Report on vaccination in Madras 1895-1903 - 1895-1903
Year: 1895
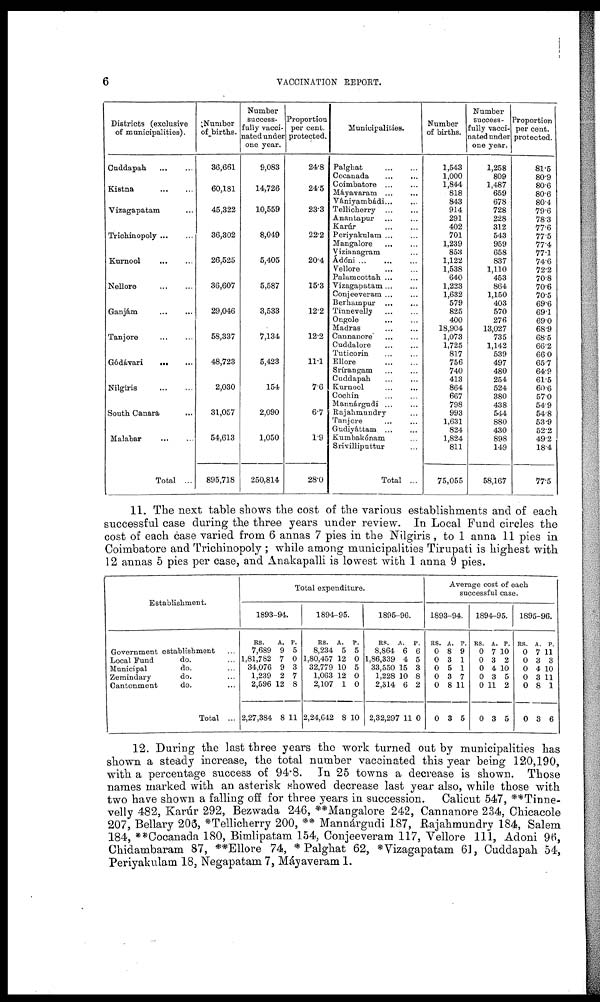
6
VACCINATION REPORT.
Districts (exclusive
of municipalities).
Cuddapah
...
...
Kistna
...
...
Vizagapatam ...
Trichinopoly ... ...
Kurnool
...
...
Nellore
...
...
Ganjám
...
...
Tanjore
...
...
Gódávari ... ...
Nilgiris ... ...
South Canara
Malabar
...
...
Total ...
Number
of births.
36,661
60,181
45,322
36,302
26,525
36,607
29,046
58,337
48,723
2,030
31,057
54,613
895,718
Number
success-
fully vacci-
nated under
one year.
9,083
14,726
10,559
8,049
5,405
5,587
3,533
7,134
5,423
154
2,090
1,050
250,814
Proportion
per cent.
protected.
24.8
24.5
23.3
22.2
20.4
15.3
12.2
12.2
11.1
7.6
6.7
1.9
28.0
Municipalities.
Palghat
...
...
Cocanada ... ...
Coimbatore
...
...
Máyavaram ... ...
Vániyambádi ... ...
Tellicherry
...
...
Anantapur ... ...
Karúr
...
...
Periyakulam ... ...
Mangalore ... ...
Vizianagram ...
Ádóni ... ... ...
Vellore ... ...
Palamcottah ... ...
Vizagapatam ... ...
Conjeeveram ... ...
Berhampur ... ...
Tinnevelly
...
...
Ongole ... ...
Madras
...
...
Cannanore ... ...
Cuddalore
...
...
Tuticorin ... ...
Ellore
...
...
Srírangam ... ...
Cuddapah ... ...
Kurnool ... ...
Cochin ... ...
Mannárgudi ... ...
Rajahmundry ...
Tanjore ... ...
Gudiyáttam
...
...
Kumbakónam ...
Srivilliputtur ...
Total ...
Number
of births.
1,543
1,000
1,844
818
843
914
291
402
701
1,239
853
1,122
1,538
640
1,223
1,632
579
825
400
18,904
1,073
1,725
817
756
740
413
864
667
798
993
1,631
824
1,824
811
75,055
Number
success-
fully vacci-
nated under
one year.
1,258
809
1,487
659
678
728
228
312
543
959
658
837
1,110
453
864
1,150
403
570
276
13,027
735
1,142
539
497
480
254
524
380
438
544
880
430
898
149
58,167
Proportion
per cent.
protected.
81.5
80.9
80.6
80.6
80.4
79.6
78.3
77.6
77.5
77.4
77.1
74.6
72.2
70.8
70.6
70.5
69.6
69.1
69.0
68.9
68.5
66.2
66.0
65.7
64.9
61.5
60.6
57.0
54.9
54.8
53.9
52.2
49.2
18.4
77.5
11. The next table shows the cost of the various establishments and of each
successful case during the three years under review. In Local Fund circles the
cost of each case varied from 6 annas 7 pies in the Nilgiris, to 1 anna 11 pies in
Coimbatore and Triohinopoly ; while among municipalities Tirupati is highest with
12 annas 5 pies per case, and Anakapalli is lowest with 1 anna 9 pies.
Establishment.
Government establishment ...
Local Fund
do. ...
Municipal
do. ...
Zemindary
do. ...
Cantonment
do. ...
Total ...
Total expenditure.
1893-94.
RS.
7,689
1,81,782
34,076
1,239
2,596
2,27,384
A.
9
7
9
2
12
8
P.
5
0
3
7
8
11
1894-95.
RS.
8,234
1,80,457
32,779
1,063
2,107
2,24,642
A.
5
12
10
12
1
8
P.
5
0
5
0
0
10
1895-96.
RS.
8,864
1,86,339
33,550
1,228
2,314
2,32,297
A.
6
4
15
10
6
11
P.
6
5
3
8
2
0
Average cost of each
successful case.
1893-94.
RS.
0
0
0
0
0
0
A.
8
3
5
3
8
3
P.
9
1
1
7
11
5
1894-95.
RS.
0
0
0
0
0
0
A.
7
3
4
3
11
3
P.
10
2
10
5
2
5
1895-96.
RS.
0
0
0
0
0
0
A.
7
3
4
3
8
3
P.
11
3
10
11
1
6
12. During the last three years the work turned out by municipalities has
shown a steady increase, the total number vaccinated this year being 120,190,
with a percentage success of 94.8. In 25 towns a decrease is shown. Those
names marked with an asterisk showed decrease last year also, while those with
two have shown a falling off for three years in succession. Calicut 547, **Tinne-
velly 482, Karúr 292, Bezwada 246, **Mangalore 242, Cannanore 234, Chicacole
207, Bellary 206, *Tellicherry 200, ** Mannárgudi 187, Rajahmundry 184, Salem
184, **Cocanada 180, Bimlipatam 154, Conjeeveram 117, Vellore 111, Adoni 96,
Chidambaram 87, **Ellore 74, * Palghat 62, * Vizagapatam 61, Cuddapah 54,
Periyakulam 18, Negapatam 7, Máyaveram 1.